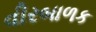
વીરબાળક